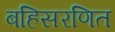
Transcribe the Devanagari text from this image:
बहिसरणित